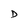
Character: D